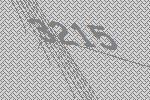
3215